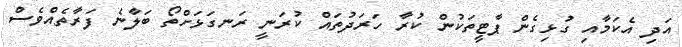
އަދި އެކަމާއި ގުޅިގެން ޕާޓީތަކުން ކުރާ ހަރަދުތައް ކުރަނީ ރަނގަޅަށްތޯ ބަލާނެ ފަރާތެއްވެސް